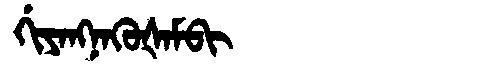
Manchu: ᡤᡳᠶᠠᠩᠨᠠᡴᡠᡧᠠᠮᠪᡳ
Romanization: GIYANGNAKUŠAMBI